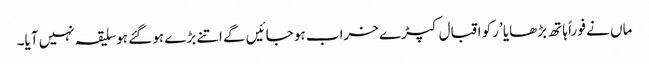
ماں نے فو راً ہاتھ بڑھایا ’رکو اقبال کپڑے خراب ہو جائیں گے اتنے بڑے ہو گئے ہو سلیقہ نہیں آیا۔